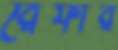
রেফার